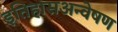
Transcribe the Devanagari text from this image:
इतिहासअन्वेषण